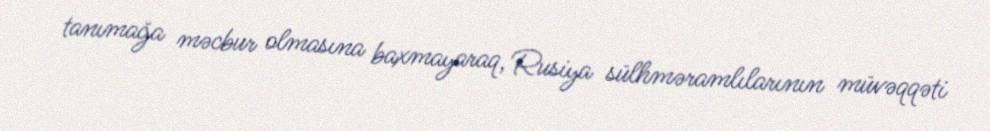
tanımağa məcbur olmasına baxmayaraq, Rusiya sülhməramlılarının müvəqqəti